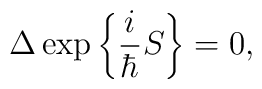
\Delta\exp\bigg\{\frac{i}{\hbar}S\bigg\}=0,